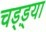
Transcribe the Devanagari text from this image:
चड्ड़्या